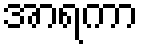
အာရကာ